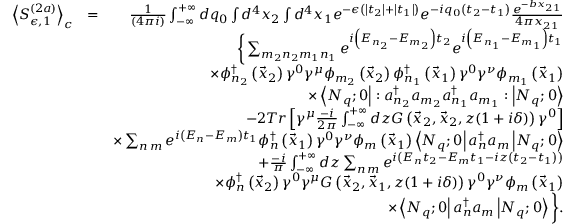
\begin{array} { r l r } { \left< S _ { \epsilon , 1 } ^ { ( 2 a ) } \right> _ { c } } & { = } & { \frac { 1 } { \left( 4 \pi i \right) } \int _ { - \infty } ^ { + \infty } d q _ { 0 } \int d ^ { 4 } x _ { 2 } \int d ^ { 4 } x _ { 1 } e ^ { - \epsilon \left( \left| t _ { 2 } \right| + \left| t _ { 1 } \right| \right) } e ^ { - i q _ { 0 } \left( t _ { 2 } - t _ { 1 } \right) } \frac { e ^ { - b x _ { 2 1 } } } { 4 \pi x _ { 2 1 } } } \\ & { } & { \bigg \{ \sum _ { m _ { 2 } n _ { 2 } m _ { 1 } n _ { 1 } } e ^ { i \left( E _ { n _ { 2 } } - E _ { m _ { 2 } } \right) t _ { 2 } } e ^ { i \left( E _ { n _ { 1 } } - E _ { m _ { 1 } } \right) t _ { 1 } } } \\ & { } & { \times \phi _ { n _ { 2 } } ^ { \dag } \left( \vec { x } _ { 2 } \right) \gamma ^ { 0 } \gamma ^ { \mu } \phi _ { m _ { 2 } } \left( \vec { x } _ { 2 } \right) \phi _ { n _ { 1 } } ^ { \dag } \left( \vec { x } _ { 1 } \right) \gamma ^ { 0 } \gamma ^ { \nu } \phi _ { m _ { 1 } } \left( \vec { x } _ { 1 } \right) } \\ & { } & { \times \left< N _ { q } ; 0 \right| : a _ { n _ { 2 } } ^ { \dag } a _ { m _ { 2 } } a _ { n _ { 1 } } ^ { \dag } a _ { m _ { 1 } } : \left| N _ { q } ; 0 \right> } \\ & { } & { - 2 T r \left[ \gamma ^ { \mu } \frac { - i } { 2 \pi } \int _ { - \infty } ^ { + \infty } d z G \left( \vec { x } _ { 2 } , \vec { x } _ { 2 } , z ( 1 + i \delta ) \right) \gamma ^ { 0 } \right] } \\ & { } & { \times \sum _ { n \, m } e ^ { i \left( E _ { n } - E _ { m } \right) t _ { 1 } } \phi _ { n } ^ { \dag } \left( \vec { x } _ { 1 } \right) \gamma ^ { 0 } \gamma ^ { \nu } \phi _ { m } \left( \vec { x } _ { 1 } \right) \left< N _ { q } ; 0 \right| a _ { n } ^ { \dag } a _ { m } \left| N _ { q } ; 0 \right> } \\ & { } & { + \frac { - i } { \pi } \int _ { - \infty } ^ { + \infty } d z \sum _ { n \, m } e ^ { i \left( E _ { n } t _ { 2 } - E _ { m } t _ { 1 } - i z \left( t _ { 2 } - t _ { 1 } \right) \right) } } \\ & { } & { \times \phi _ { n } ^ { \dag } \left( \vec { x } _ { 2 } \right) \gamma ^ { 0 } \gamma ^ { \mu } G \left( \vec { x } _ { 2 } , \vec { x } _ { 1 } , z ( 1 + i \delta ) \right) \gamma ^ { 0 } \gamma ^ { \nu } \phi _ { m } \left( \vec { x } _ { 1 } \right) } \\ & { } & { \times \left< N _ { q } ; 0 \right| a _ { n } ^ { \dag } a _ { m } \left| N _ { q } ; 0 \right> \bigg \} . } \end{array}